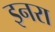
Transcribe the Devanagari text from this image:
इनरा